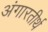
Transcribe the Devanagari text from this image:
अंगारतीर्थ